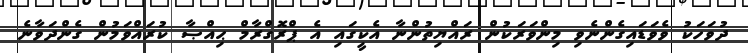
ދުވަހަކު ވެވަޑައިގެންނެވި މިންވަރަކުން ރައްޔިތުންނާ އެކީގައި އެ ޕްރޮގްރާމް ޙިއްޞާ ކުރައްވަމުން ގެންދަވާނެ